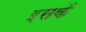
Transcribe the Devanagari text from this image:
इसकें